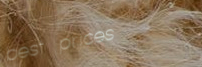
best prices